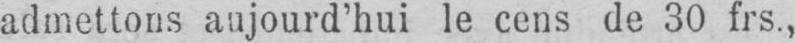
admettons aujourd’hui le cens de 30 frs.,